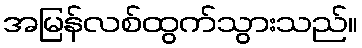
အမြန်လစ်ထွက်သွားသည်။